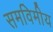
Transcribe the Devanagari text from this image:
समविमीय